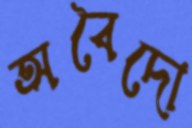
অবৈদো